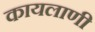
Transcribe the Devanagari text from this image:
कायलाणी